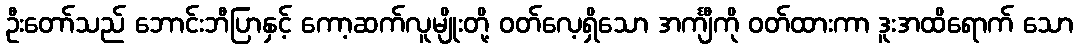
ဦးတော်သည် ဘောင်းဘီပြာနှင့် ကော့ဆက်လူမျိုးတို့ ဝတ်လေ့ရှိသော အင်္ကျီကို ဝတ်ထားကာ ဒူးအထိရောက် သော